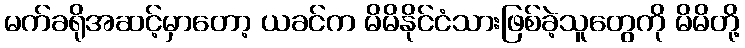
မက်ခရိုအဆင့်မှာတော့ ယခင်က မိမိနိုင်ငံသားဖြစ်ခဲ့သူတွေကို မိမိတို့